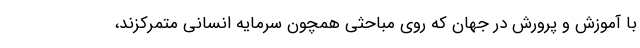
با آموزش و پرورش در جهان که روی مباحثی همچون سرمایه انسانی متمرکزند،